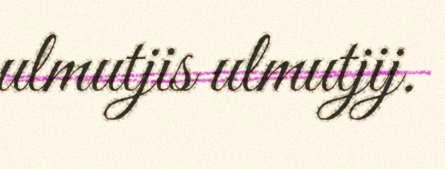
ulmutjis ulmutjij.